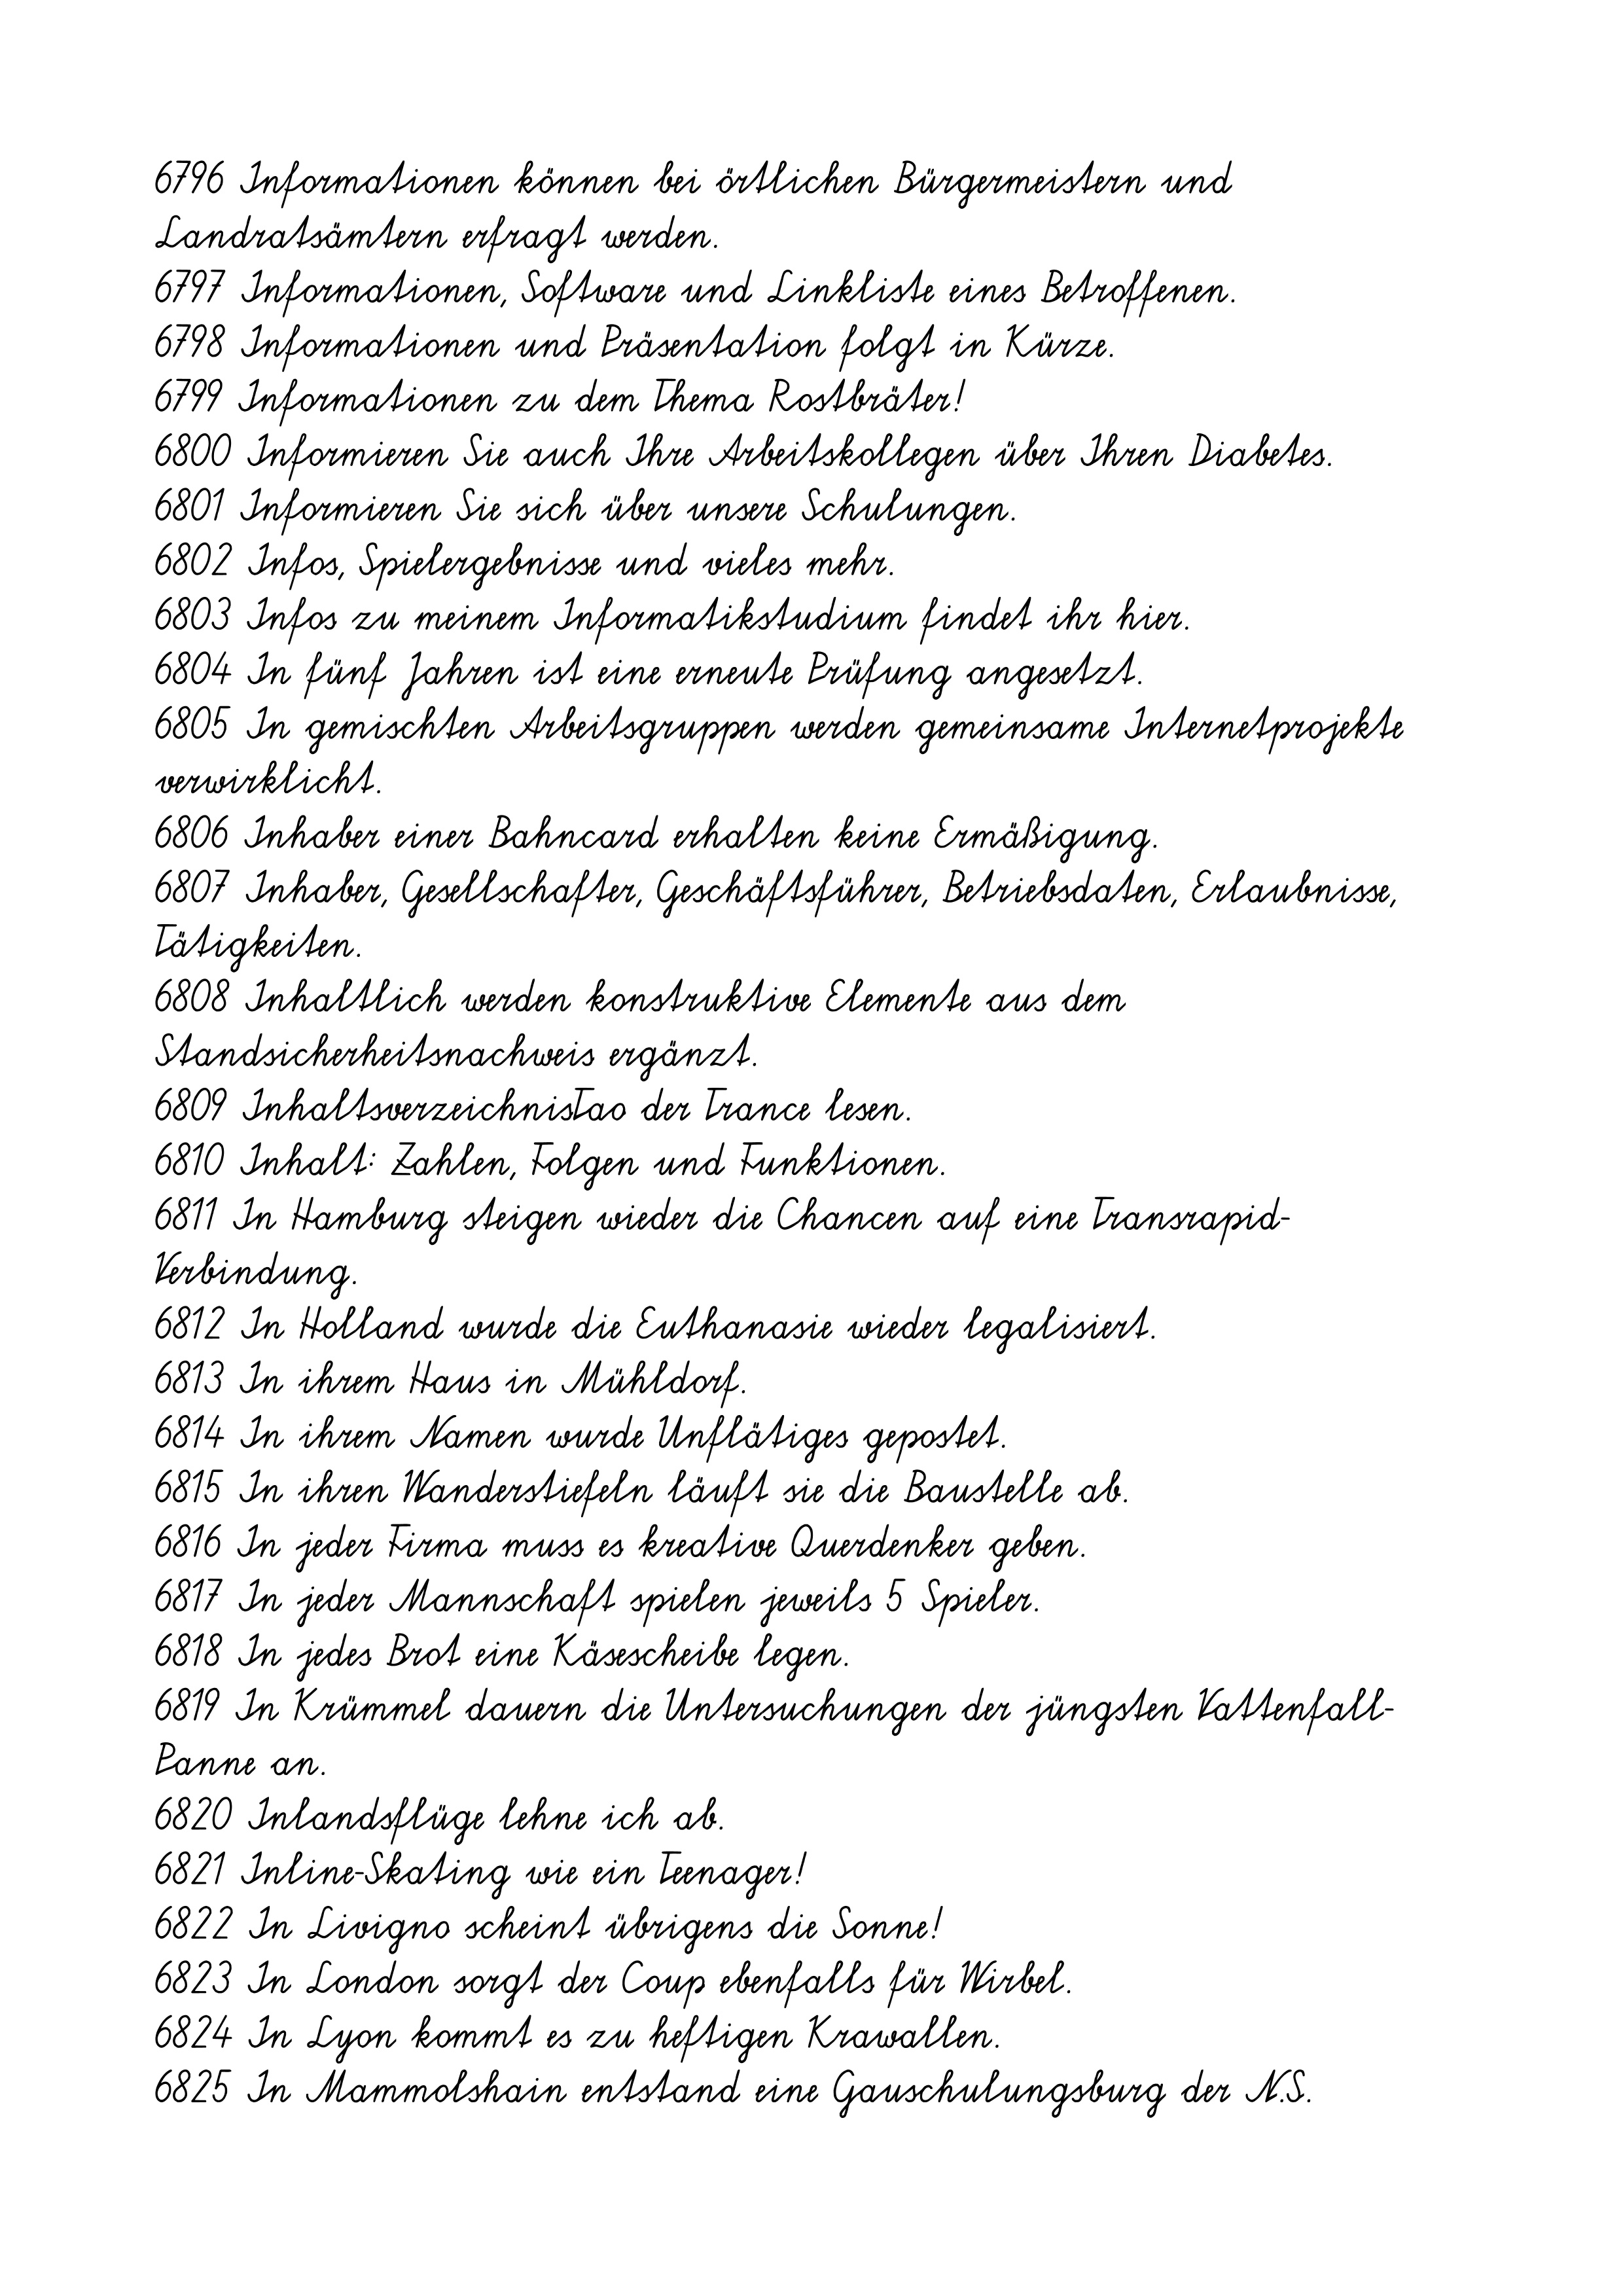
6796 Informationen können bei örtlichen Bürgermeistern und
Landratsämtern erfragt werden.
6797 Informationen, Software und Linkliste eines Betroffenen.
6798 Informationen und Präsentation folgt in Kürze.
6799 Informationen zu dem Thema Rostbräter!
6800 Informieren Sie auch Ihre Arbeitskollegen über Ihren Diabetes.
6801 Informieren Sie sich über unsere Schulungen.
6802 Infos, Spielergebnisse und vieles mehr.
6803 Infos zu meinem Informatikstudium findet ihr hier.
6804 In fünf Jahren ist eine erneute Prüfung angesetzt.
6805 In gemischten Arbeitsgruppen werden gemeinsame Internetprojekte
verwirklicht.
6806 Inhaber einer Bahncard erhalten keine Ermäßigung.
6807 Inhaber, Gesellschafter, Geschäftsführer, Betriebsdaten, Erlaubnisse,
Tätigkeiten.
6808 Inhaltlich werden konstruktive Elemente aus dem
Standsicherheitsnachweis ergänzt.
6809 InhaltsverzeichnisTao der Trance lesen.
6810 Inhalt: Zahlen, Folgen und Funktionen.
6811 In Hamburg steigen wieder die Chancen auf eine Transrapid-
Verbindung.
6812 In Holland wurde die Euthanasie wieder legalisiert.
6813 In ihrem Haus in Mühldorf.
6814 In ihrem Namen wurde Unflätiges gepostet.
6815 In ihren Wanderstiefeln läuft sie die Baustelle ab.
6816 In jeder Firma muss es kreative Querdenker geben.
6817 In jeder Mannschaft spielen jeweils 5 Spieler.
6818 In jedes Brot eine Käsescheibe legen.
6819 In Krümmel dauern die Untersuchungen der jüngsten Vattenfall-
Panne an.
6820 Inlandsflüge lehne ich ab.
6821 Inline-Skating wie ein Teenager!
6822 In Livigno scheint übrigens die Sonne!
6823 In London sorgt der Coup ebenfalls für Wirbel.
6824 In Lyon kommt es zu heftigen Krawallen.
6825 In Mammolshain entstand eine Gauschulungsburg der N.S.